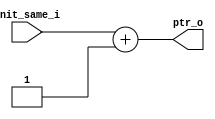
/******************************************************************
*Module name : ptr_i
*Type        : Verilog Module
*
*Description : counter for same convolution indexes
*------------------------------------------------------------------
*	clocks    : none
*	reset		 : none
* 
*Parameters  : none
*
******************************************************************/

module ptr_i(
	input [5:0] init_same_i,
	
	output [5:0] ptr_o);
	
assign ptr_o = init_same_i + 6'b000001;

endmodule